Report on horse surra - Volume I
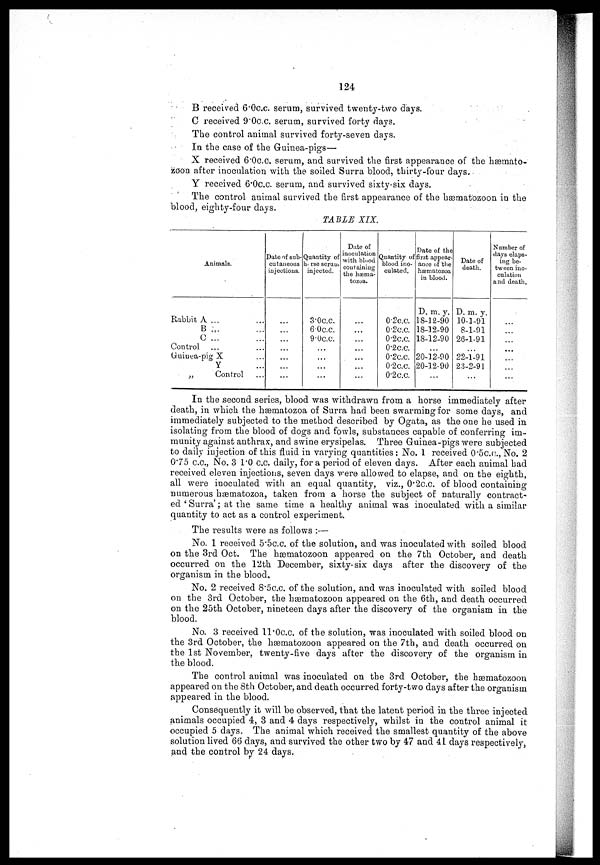
124
B received 6.0c.c. serum, survived twenty-two days.
0 received 9.0c.c. serum, survived forty days.
The control animal survived forty-seven days.
In the case of the Guinea-pigs—
X received 6.0c.c. serum, and survived the first appearance of the hæmato¬
zoon after inoculation with the soiled Surra blood, thirty-four days.
Y received 6.0c.c. serum, and survived sixty-six days.
The control animal survived the first appearance of the hæmatozoon in the
blood, eighty-four days.
TABLE XIX.
Animals.
Rabbit A ... ...
B ... ...
C ... ...
Control ... ...
Guiuea-pig X ...
Y ...
„
Control ...
Date of sub-
cutaneous
injections.
...
...
...
...
...
...
...
Quantity of
horse serum
injected.
3.0c.c.
6.0c.c.
9.0c.c.
...
...
...
...
Date of
inoculation
with blood
containing
the hæma¬
tozoa.
...
...
...
...
...
...
...
Quantity of
blood ino-
culated.
0.2c.c.
0.2c.c.
0.2c.c.
0.2c.c.
0.2c.c.
0.2c.c.
0.2c.c.
Date of the
first appear-
ance of'the
hæmatozoa
in blood.
D. m. y.
18-12-90
18-12-90
18-12-90
...
20-12-90
20-12-90
...
Date of
death.
D. m. y.
10-1-91
8-1-91
26-1-91
...
22-1-91
23-2-91
...
Number of
days elaps-
ing be-
tween ino-
culation
and death.
...
...
...
...
...
...
...
In the second series, blood was withdrawn from a horse immediately after
death, in which the hæmatozoa of Surra bad been swarming for some days, and
immediately subjected to the method described by Ogata, as the one he used in
isolating from the blood of dogs and fowls, substances capable of conferring im-
munity against anthrax, and swine erysipelas. Three Guinea-pigs were subjected
to daily injection of this fluid in varying quantities: No. 1 received 0.5c.d., No. 2
0.75 c.c., No. 3 1.0 c.c. daily, for a period of eleven days. After each animal had
received eleven injections, seven days were allowed to elapse, and on the eighth,
all were inoculated with an equal quantity, viz., 0.2c.c. of blood containing
numerous hæmatozoa, taken from a horse the subject of naturally contract-
ed ' Surra'; at the same time a healthy animal was inoculated with a similar
quantity to act as a control experiment.
The results were as follows :—
No. 1 received 5.5o.o. of the solution, and was inoculated with soiled blood
on the 3rd Oct. The hæmatozoon appeared on the 7th October, and death
occurred on the 12th December, sixty-six days after the discovery of the
organism in the blood.
No. 2 received 8.5c.c. of the solution, and was inoculated with soiled blood
on the 3rd October, the hæmatozoon appeared on the 6th, and death occurred
on the 25th October, nineteen days after the discovery of the organism in the
blood.
No. 3 received 11.0 c.c. of the solution, was inoculated with soiled blood on
the 3rd October, the hæmatozoon appeared on the 7th, and death occurred on
the 1st November, twenty-five days after the discovery of the organism in
the blood.
The control animal was inoculated on the 3rd October, the hæmatozoon
appeared on the 8th October, and death occurred forty-two days after the organism
appeared in the blood.
Consequently it will be observed, that the latent period in the three injected
animals occupied 4, 3 and 4 days respectively, whilst in the control animal it
occupied 5 days. The animal which received the smallest quantity of the above
solution lived 66 days, and survived the other two by 47 and 41 days respectively,
and the control by 24 days.